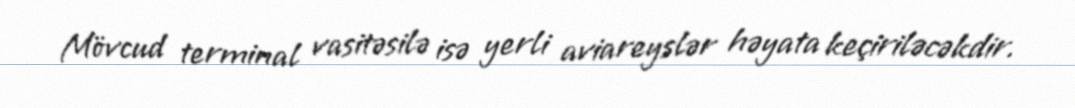
Mövcud terminal vasitəsilə isə yerli aviareyslər həyata keçiriləcəkdir.